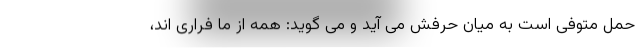
حمل متوفی است به میان حرفش می آید و می گوید: همه از ما فراری اند،